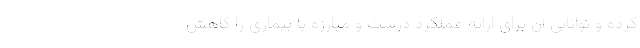
کرده و توانایی آن برای ارائه عملکرد درست و مبارزه با بیماری را کاهش